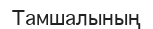
Тамшалының